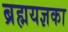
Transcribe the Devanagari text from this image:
ब्रह्मयज्ञका